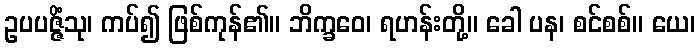
ဥပပဇ္ဇိံသု၊ ကပ်၍ ဖြစ်ကုန်၏။ ဘိက္ခဝေ၊ ရဟန်းတို့။ ခေါ ပန၊ စင်စစ်။ ယေ၊